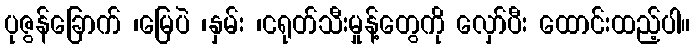
ပုဇွန်ခြောက် ၊မြေပဲ ၊နှမ်း ၊ငရုတ်သီးမှုန့်တွေကို လှော်ပီး ထောင်းထည့်ပါ။